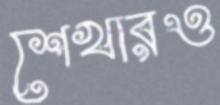
শেখারও